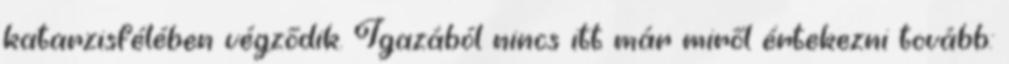
katarzisfélében végződik. Igazából nincs itt már miről értekezni tovább: